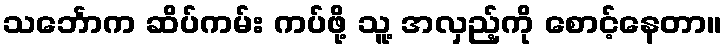
သင်္ဘောက ဆိပ်ကမ်း ကပ်ဖို့ သူ့ အလှည့်ကို စောင့်နေတာ။